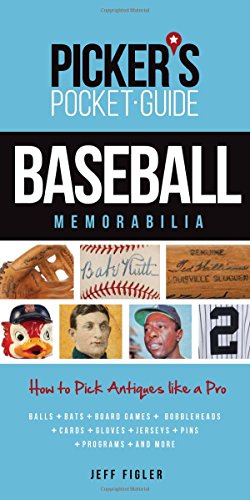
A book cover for Picker's Pocket Guide - Baseball Memorabilia: How to Pick Antiques Like a Pro; Jeff Figler; Crafts, Hobbies & Home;